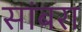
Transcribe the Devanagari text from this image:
सांंबरा